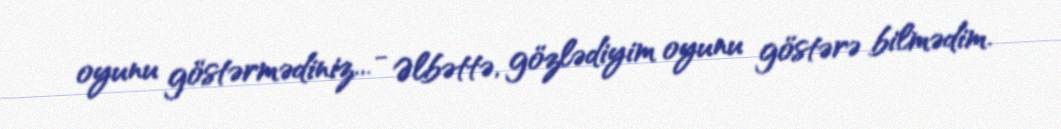
oyunu göstərmədiniz... - Əlbəttə, gözlədiyim oyunu göstərə bilmədim.